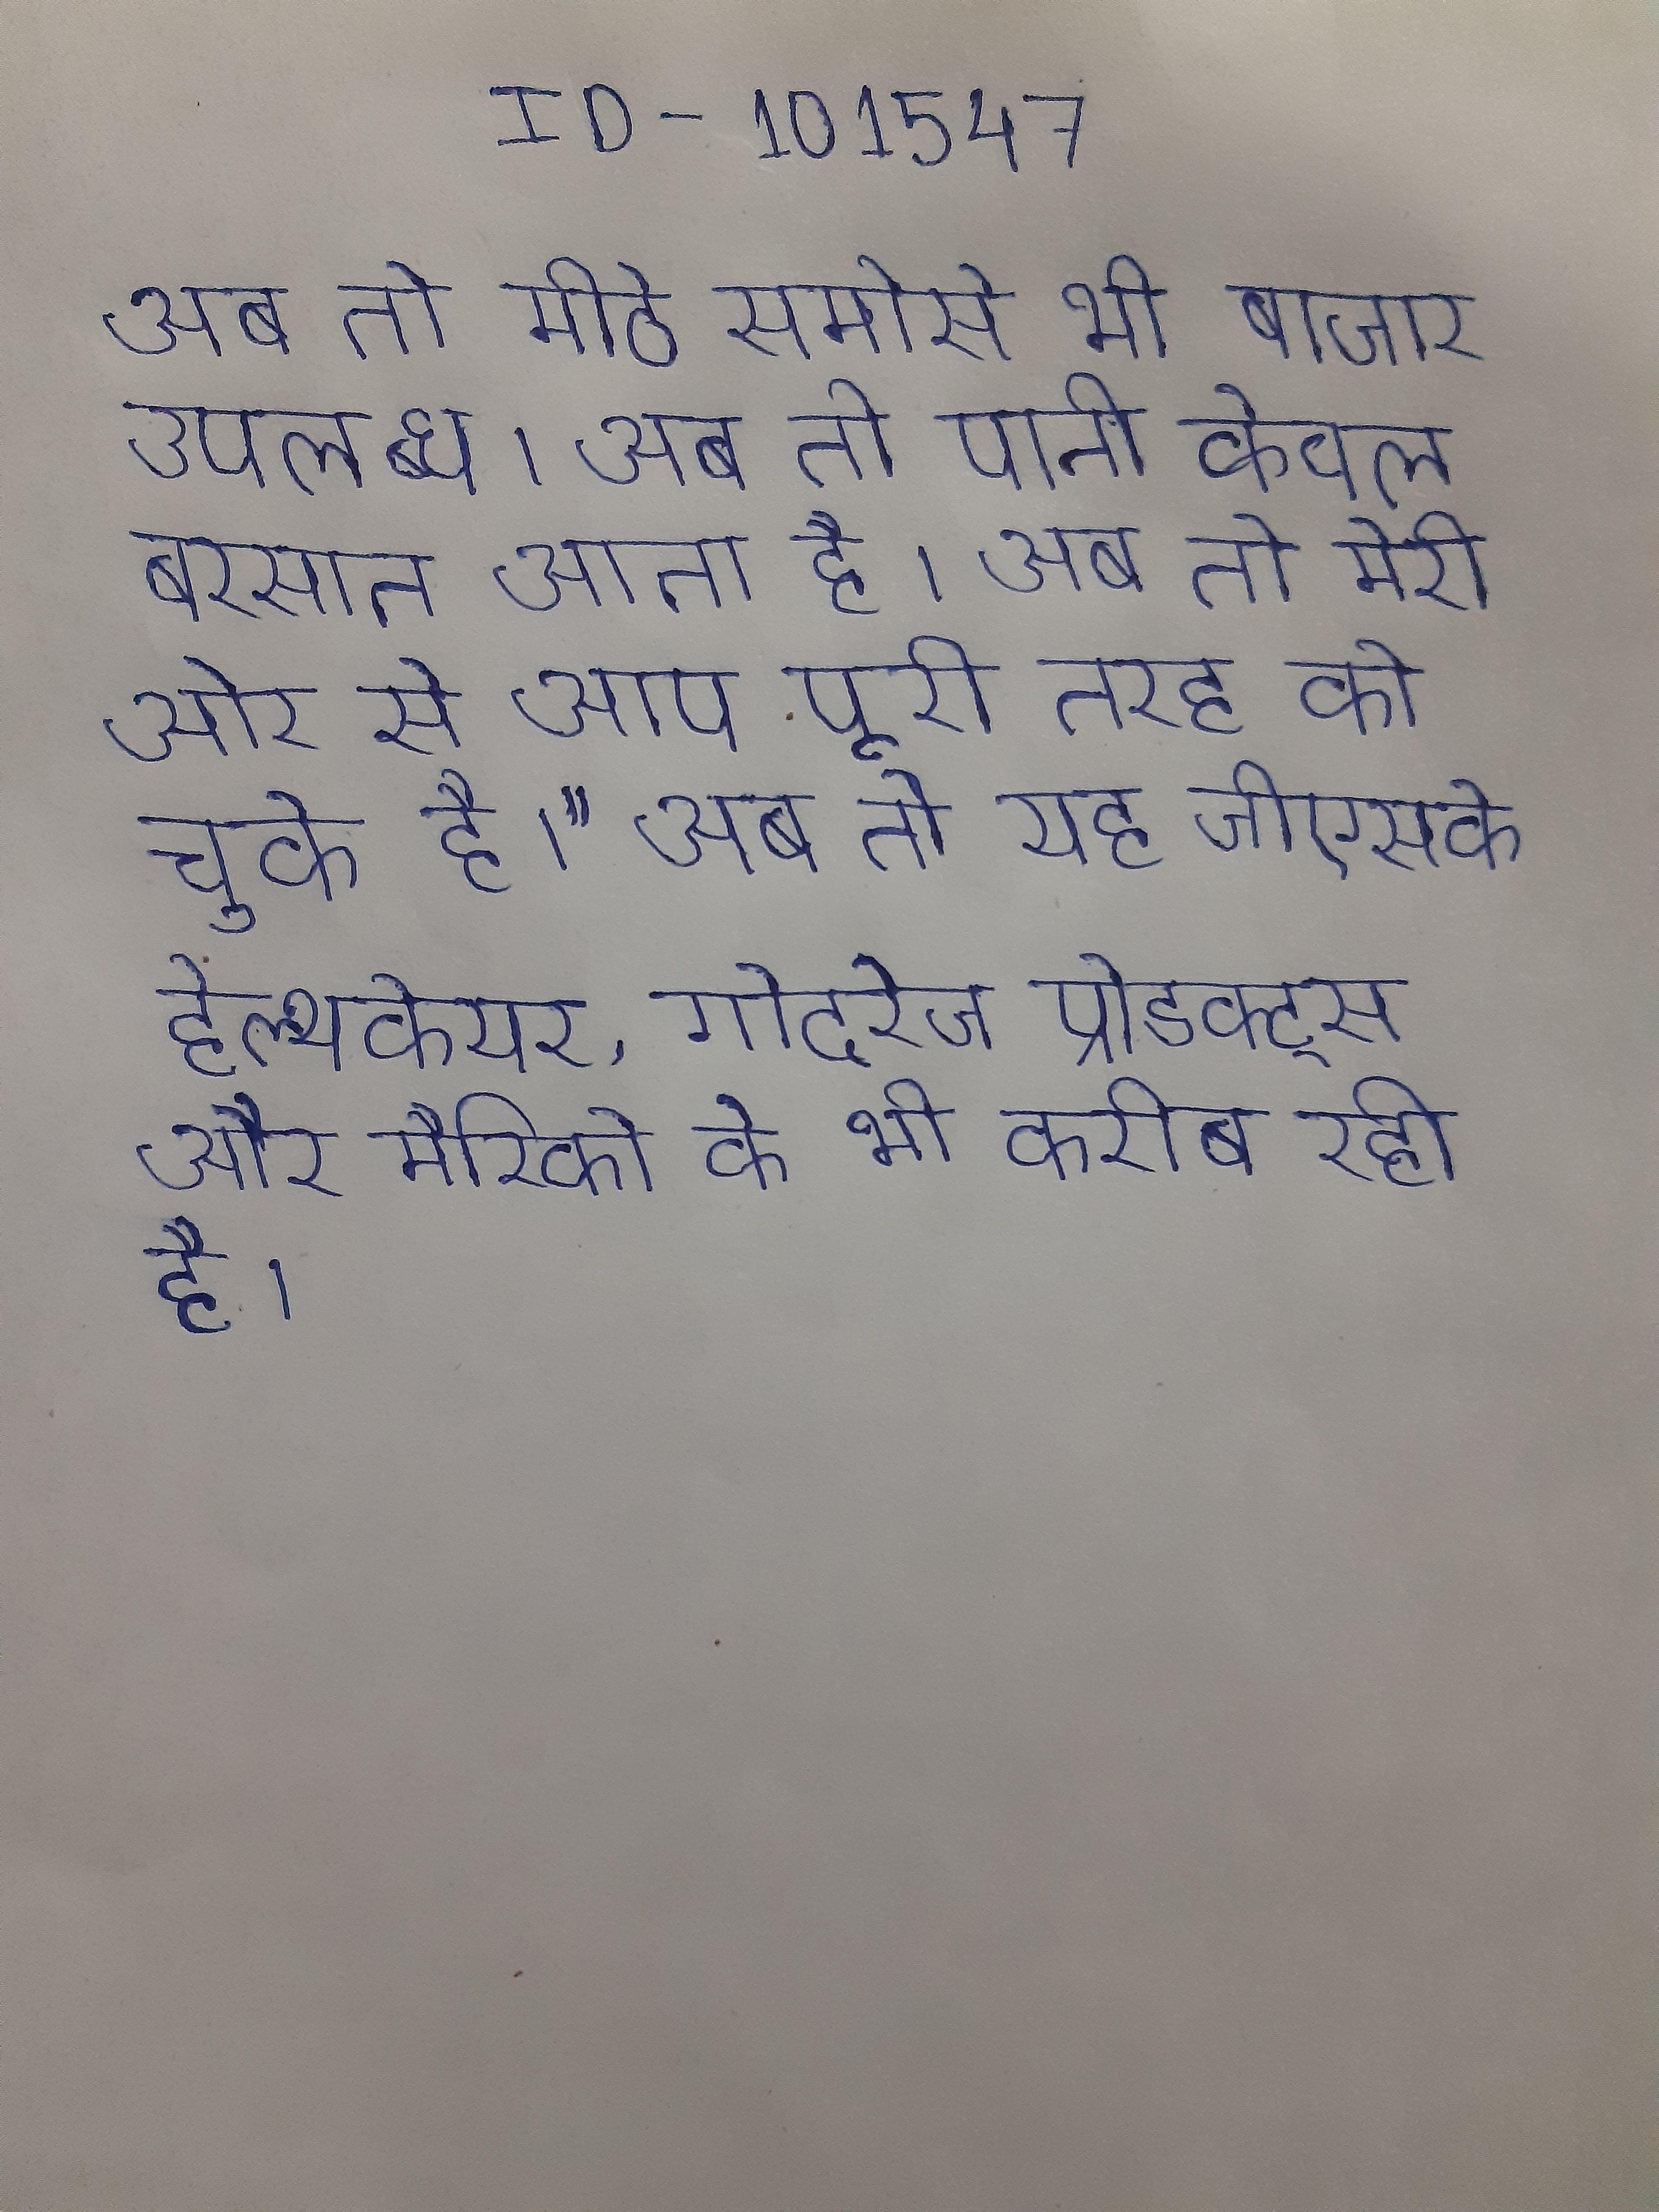
अब तो मीठे समोसे भी बाजार उपलब्ध । अब तो पानी केवल बरसात आता है । अब तो मेरी ओर से आप पूरी तरह को चुके है।" अब तो यह जीएसके हेल्थकेयर, गोदरेज प्रोडक्ट्स और मैरिको के भी करीब रही है ।